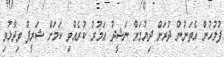
ފުލުހުން އެތަނުން ދުރަށް ދިޔުމަށް ނަޝީދު އަމުރު ކުރެއްވި ކަމަށް ޝަރީފް ވިދާޅުވި